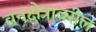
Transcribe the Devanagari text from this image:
वनक्षेत्रावरील